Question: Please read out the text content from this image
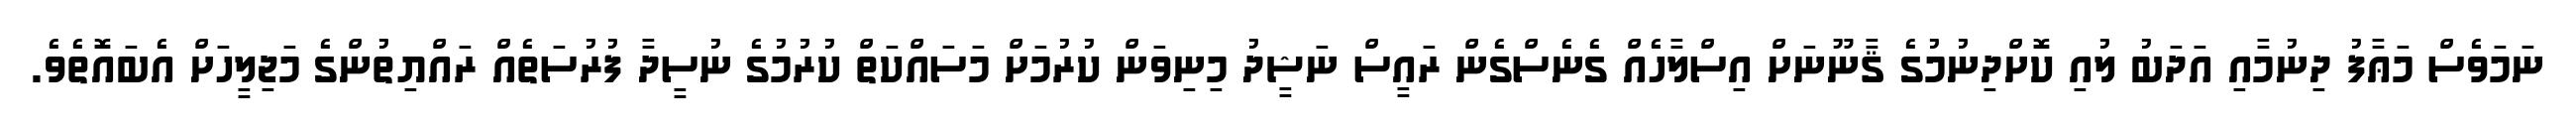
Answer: ނަމަވެސް މަޢާފު ދިނުމާއި އަދަބު ލުއި ކޮށްދިނުމުގެ ޤާނޫނަށް އިސްލާހެއް ގެނެސްގެން ރައީސް ނަޝީދު މިނިވަން ކުރުމަށް މަސައްކަތް ކުރުމުގެ ނުސީދާ ފުރުސަތެއް ރައްޔިތުންގެ މަޖިލީހަށް އެބައޮތެވެ.